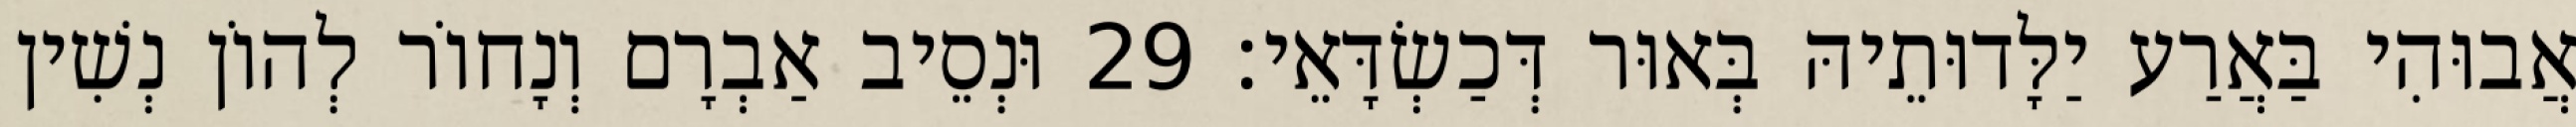
אֲבוּהִי בַּאֲרַע יַלָּדוּתֵיהּ בְּאוּר דְּכַשְׂדָּאֵי׃ 29 וּנְסֵיב אַבְרָם וְנָחוֹר לְהוֹן נְשִׁין